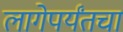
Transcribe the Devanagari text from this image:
लागेपर्यंतचा